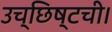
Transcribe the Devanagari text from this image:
उच्छिष्टची।